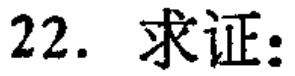
22. 求证：